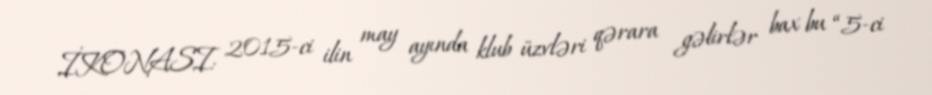
İKONASI: 2015-ci ilin may ayında klub üzvləri qərara gəlirlər bax bu “5-ci